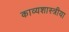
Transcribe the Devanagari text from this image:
काव्यशास्त्रीया